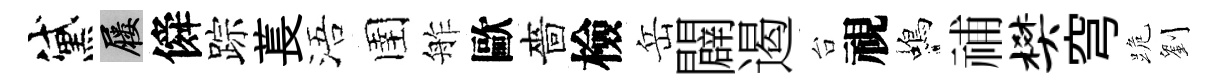
黛屨僢踪萇浯圉舴歐嗇檢岳闢遏台視蝎𥙷樊穹跪劉